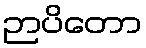
ဉာပိတော